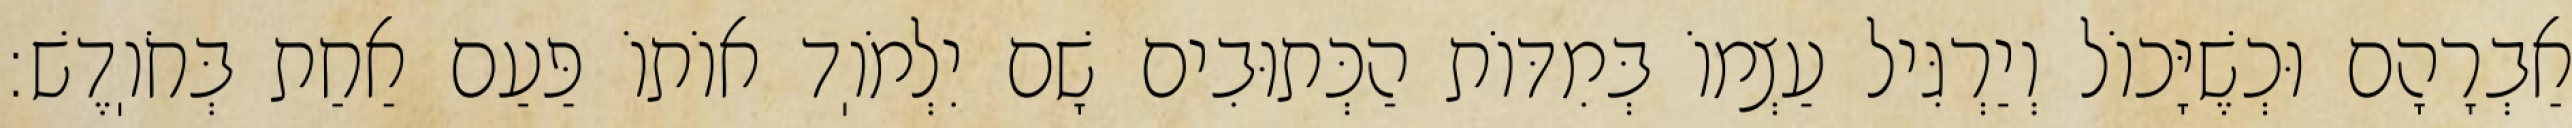
אַבְרָהָם וּכְשֶׁיָּכוֹל וְיַרְגִּיל עַצְמוֹ בְּמִדּוֹת הַכְּתוּבִים שָׁם יִלְמֹוֽד אוֹתוֹ פַּעַם אַחַת בְּחֹוֽדֶשׁ: